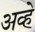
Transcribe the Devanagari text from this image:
अव्हे